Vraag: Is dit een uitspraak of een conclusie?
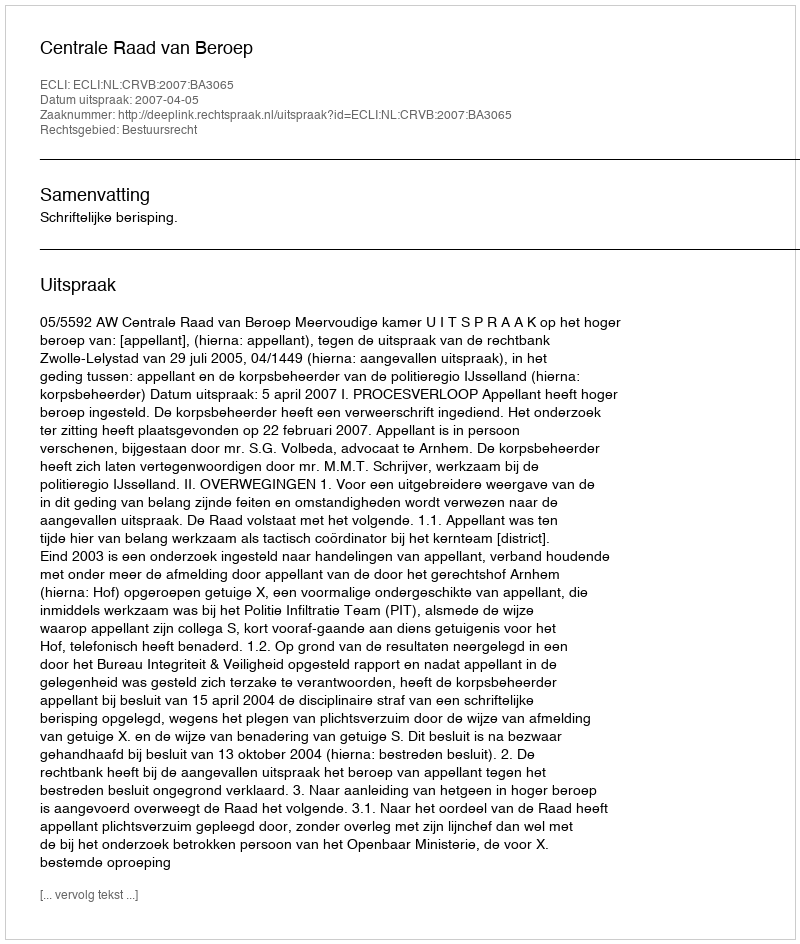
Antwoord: Uitspraak